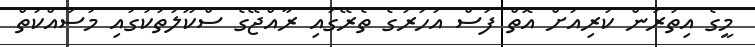
މީގެ އިތުރުން ކުރިއަށް އޮތް ފަސް އަހަރުގެ ތެރޭގައި ރާއްޖޭގެ ސްކޫލުތަކުގައި މަސައްކަތް